Civil Veterinary Dept. North-West Frontier Province 1923-32 - 1923-1932
Year: 1923
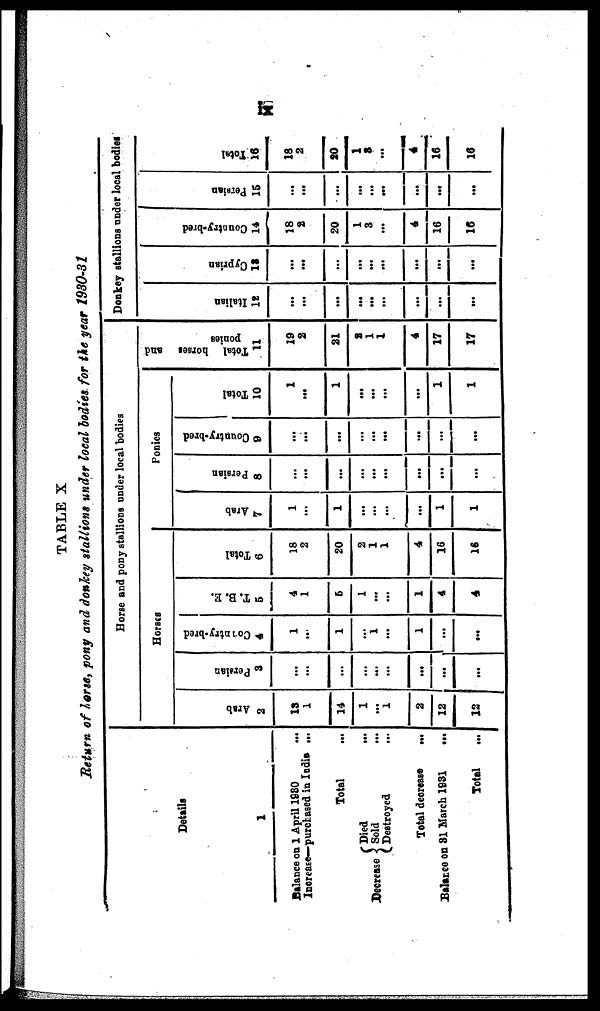
ix
TABLE X
Return of horse, pony and donkey stallions under local bodies for the year 1930-31
Details
1
Balance on 1 April 1930 ...
Increase—purchased in India ...
Total ...
Decrease
Died ...
Sold ...
Destroyed ...
Total decrease ...
Balance on 31 March 1931
...
Total ...
Horse and pony stallions under local bodies
Horses
Arab
2
13
1
14
1
...
1
2
12
12
Persian
3
...
...
...
...
...
...
...
...
Country-bred
4
1
..
1
1
...
1
...
...
T. B. E.
5
4
1
5
1
...
...
1
4
4
Total
6
18
2
20
2
1
1
4
16
16
Ponies
Arab
7
1
...
1
...
...
...
...
1
1
Persian
8
...
...
...
...
...
...
...
...
Country-bred
9
...
...
...
...
...
...
...
...
...
Total
10
1
...
1
...
...
...
...
1
1
Total horses and
ponies
11
19
2
21
3
1
1
4
17
17
Donkey stallions under local bodies
I t al i an
12
...
...
...
...
...
...
...
...
...
Cypr i
an
13
...
...
...
...
...
...
...
...
...
Country-bred
14
18
2
20
1
3
...
4
16
16
Per s i
an
15
...
...
...
...
...
...
...
...
...
Tot al
16
18
2
20
1
3
...
4
16
16